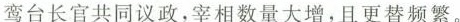
鸾台长官共同议政，宰相数量大增，且更替频繁。